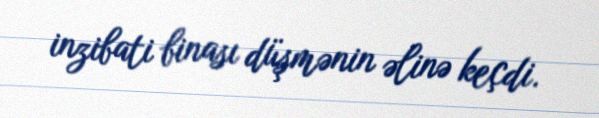
inzibati binası düşmənin əlinə keçdi.